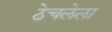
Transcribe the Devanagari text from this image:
ठेचलेला